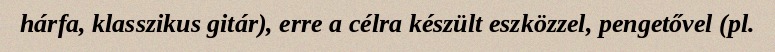
hárfa, klasszikus gitár), erre a célra készült eszközzel, pengetővel (pl.